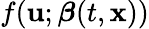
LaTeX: f(\mathbf{u};\boldsymbol{\beta}(t,\mathbf{x}))